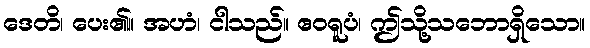
ဒေတိ၊ ပေး၏။ အဟံ၊ ငါသည်။ ဧဝရူပံ၊ ဤသို့သဘောရှိသော။